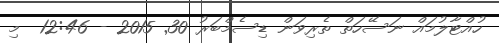
ހުއްޓާލުމައް ނަސޭހަތް ތެރިވަން ޑިސެމްބަރު 30